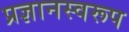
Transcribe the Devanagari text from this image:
प्रज्ञानस्वरूप